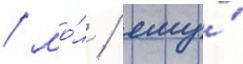
/ мо́л / ему́